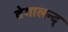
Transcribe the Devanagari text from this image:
वेगालन्द्